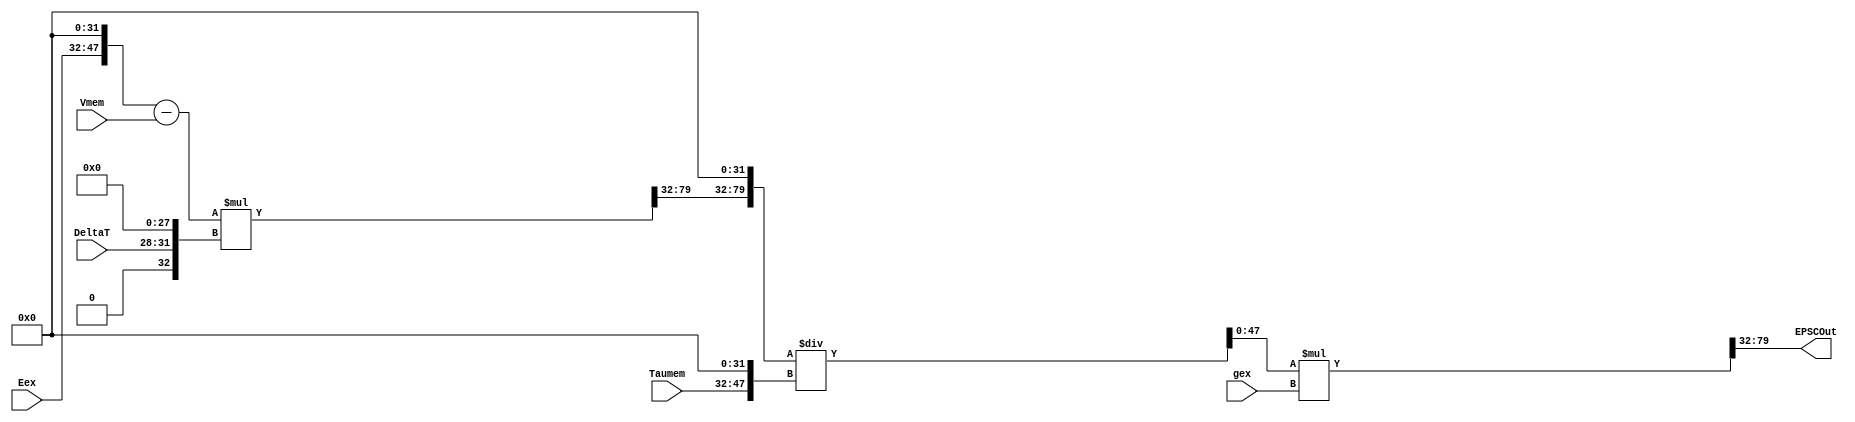
module EPSCUnit
#(
	parameter INTEGER_WIDTH = 16,
	parameter DATA_WIDTH_FRAC = 32,
	parameter DATA_WIDTH = INTEGER_WIDTH + DATA_WIDTH_FRAC, 
	parameter DELTAT_WIDTH = 4
)
(

	input wire signed [(INTEGER_WIDTH-1):0] Eex,
	input wire signed [(DATA_WIDTH-1):0] Vmem,
	input wire signed [(DATA_WIDTH-1):0] gex,
	input wire signed [(DELTAT_WIDTH-1):0] DeltaT,
	input wire signed [(INTEGER_WIDTH-1):0] Taumem,
	

	output wire signed [(DATA_WIDTH-1):0] EPSCOut
);

	//Intermediate Values:
	wire signed [(INTEGER_WIDTH-1):0] Mult1Result_Int, Mult2Result_Int;
	wire signed [(DATA_WIDTH_FRAC-1):0] Mult1Result_Frac, Mult2Result_Frac;
	wire signed [(DATA_WIDTH-1):0] Eex_Extended, DeltaT_Extended, Mult1Result, Mult2Result, Taumem_Extended, Quotient;
	wire signed [(DATA_WIDTH + DATA_WIDTH_FRAC - 1):0] Dividend;

	wire signed [(DATA_WIDTH-1):0] V1;
	wire signed [(2*DATA_WIDTH -1):0] V2,V4;
	wire signed [(DATA_WIDTH + DATA_WIDTH_FRAC - 1):0] V3;



	//Wire Select and/or padding for Fixed-point Arithmetic
	assign Eex_Extended = {Eex, {DATA_WIDTH_FRAC{1'b0}}};								//pad fractional bits
	assign DeltaT_Extended = {{INTEGER_WIDTH{1'b0}},DeltaT,{DATA_WIDTH_FRAC-DELTAT_WIDTH{1'b0}}};			//pad integer bits and rest of fractional bits 
	assign Mult1Result_Int = V2[(DATA_WIDTH + DATA_WIDTH_FRAC - 1):(DATA_WIDTH + DATA_WIDTH_FRAC - INTEGER_WIDTH)];	//take lower <INTEGER_WIDTH> integer bits of product
	assign Mult1Result_Frac = V2[(DATA_WIDTH + DATA_WIDTH_FRAC - INTEGER_WIDTH - 1):DATA_WIDTH_FRAC];		//take higher <DATA_WIDTH_FRAC> frac bits of product
	assign Mult1Result = {Mult1Result_Int,Mult1Result_Frac};							//concatenate to form product in given format
	assign Mult2Result_Int = V4[(DATA_WIDTH + DATA_WIDTH_FRAC - 1):(DATA_WIDTH + DATA_WIDTH_FRAC - INTEGER_WIDTH)];	//take lower <INTEGER_WIDTH> integer bits of product
	assign Mult2Result_Frac = V4[(DATA_WIDTH + DATA_WIDTH_FRAC - INTEGER_WIDTH - 1):DATA_WIDTH_FRAC];		//take higher <DATA_WIDTH_FRAC> frac bits of product
	assign Mult2Result = {Mult2Result_Int,Mult2Result_Frac}; 							//concatenate to form product in given format
	assign Taumem_Extended = {Taumem, {DATA_WIDTH_FRAC{1'b0}}};							//pad fractional bits
	assign Dividend = {Mult1Result,{DATA_WIDTH_FRAC{1'b0}}};							//shift by all decimal places before division
	assign Quotient = V3[(DATA_WIDTH-1):0];										//take lower <DATA_WIDTH> bits of Division result



	//Combinational computation
	assign V1 = Eex_Extended - Vmem;
	assign V2 = V1*DeltaT_Extended;
	assign V3 = Dividend/Taumem_Extended;
	assign V4 = Quotient*gex;
	assign EPSCOut = Mult2Result;


	endmodule